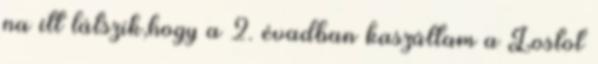
na itt látszik,hogy a 2. évadban kaszáltam a Lostot